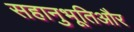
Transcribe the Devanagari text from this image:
सहानुभूतिऔर